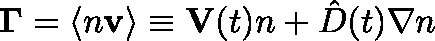
\mathbf { \Gamma } = \langle n \mathbf { v } \rangle \equiv \mathbf { V } ( t ) n + \hat { D } ( t ) \nabla n